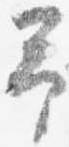
予